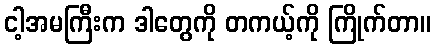
ငါ့အမကြီးက ဒါတွေကို တကယ့်ကို ကြိုက်တာ။